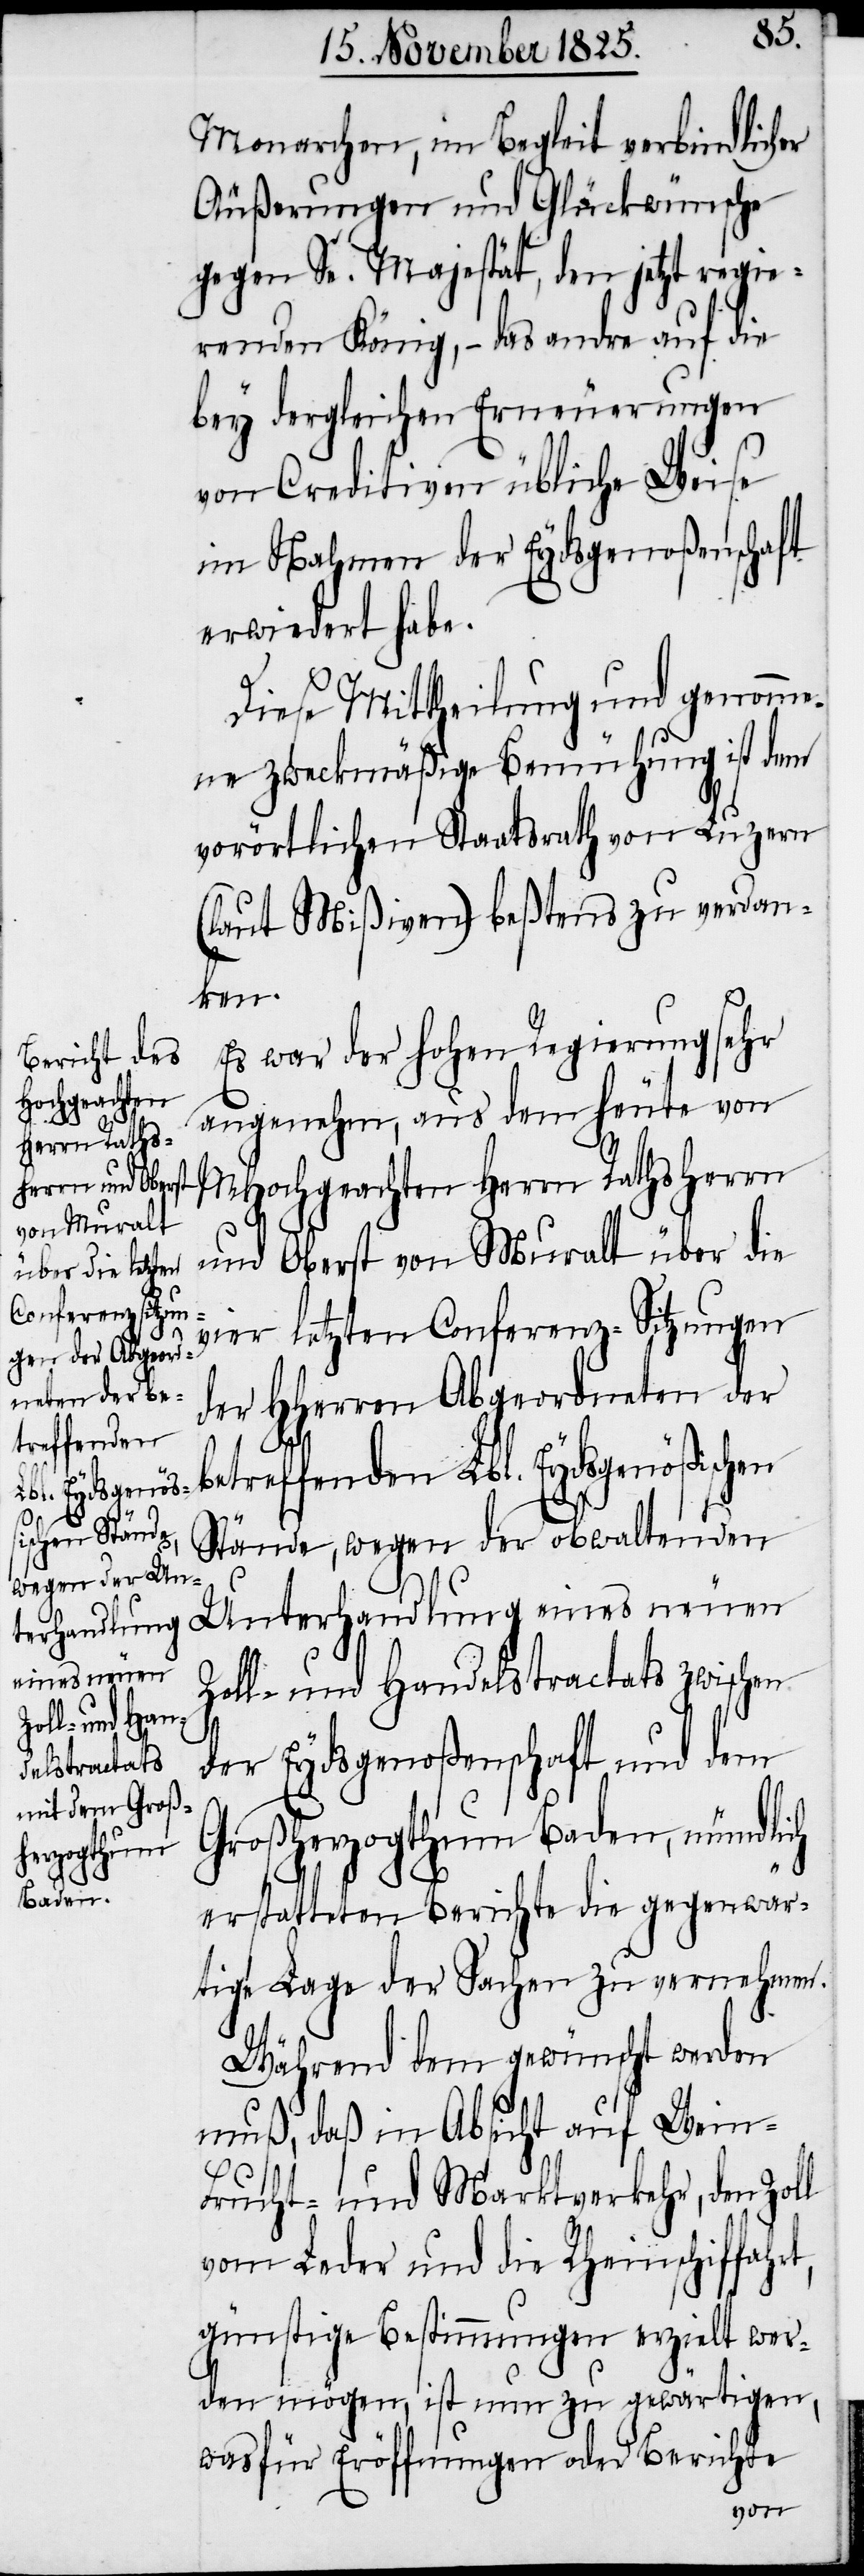
Monarchen, im Begleit verbindlicher
Äußerungen und Glückwünsche
gegen Se. Majestät, den jetzt regie¬
renden König, – das andre auf die
bey dergleichen Erneuerungen
von Creditiven übliche Weise
im Nahmen der Eydsgenoßenschaft
erwiedert habe.
Diese Mittheilung und genomme¬
ne zweckmäßige Bemühung ist dem
vorörtlichen Staatsrath von Luzern
(laut Mißiven) beßtens zu verdan¬
ken.
Es war der hohen Regierung sehr
angenehm, aus dem heute von
MHochgeachten Herrn Rathsherrn
und Oberst von Muralt über die
vier letzten Conferenz-Sitzungen
der HHerren Abgeordneten der
betreffenden Lbl. Eydsgenößischen
Stände, wegen der obwaltenden
Unterhandlung eines neuen
Zoll- und Handelstractats zwischen
t,
der Eydsgenoßenschaft und dem
Großherzogthum Baden, mündlich
erstatteten Berichte die gegenwär¬
tige Lage der Sachen zu vernehmen.
Während dem gewünscht werden
muß, daß in Absicht auf Wein-
Frucht- und Marktverkehr, den Zoll
vom Leder und die Rheinschiffahr¬
günstige Bestimmungen erzielt wer¬
den mögen, ist nun zu gewärtigen,
was für Eröffnungen oder Berichte